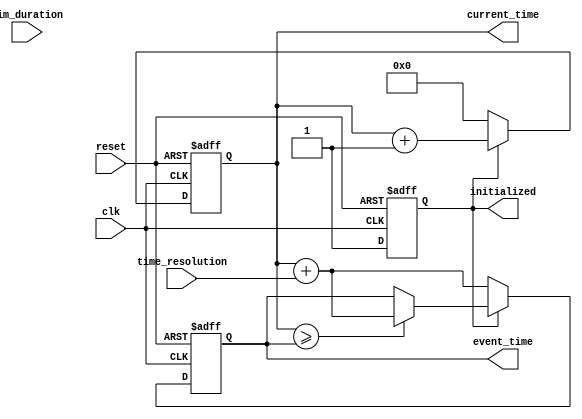
module simulation_time_initialization (
    input wire clk,                // Clock signal
    input wire reset,              // Reset signal
    input wire [31:0] sim_duration, // Simulation duration parameter
    input wire [31:0] time_resolution, // Time resolution parameter
    output reg [31:0] current_time, // Current simulation time
    output reg initialized,        // Initialization status
    output reg [31:0] event_time   // Scheduled event time
);

// State variable for initialization
initial begin
    current_time = 32'd0;         // Initialize current time to 0
    initialized = 1'b0;           // Set initialized flag to false
    event_time = 32'd0;           // Initialize event time
end

// Reset mechanism
always @(posedge clk or posedge reset) begin
    if (reset) begin
        // Reinitialize all variables on reset
        current_time <= 32'd0;     // Reset current time to 0
        initialized <= 1'b0;       // Reset initialized flag
        event_time <= 32'd0;       // Reset event time
    end else begin
        // Check if the simulation is initialized
        if (!initialized) begin
            // Set the current time to the defined starting point
            current_time <= 32'd0; // Starting point
            initialized <= 1'b1;    // Mark as initialized
            // Schedule the first event after the defined time resolution
            event_time <= current_time + time_resolution;
        end else begin
            // Increment current time based on the clock
            current_time <= current_time + 1; // Increment time
            // Check if it's time to trigger the scheduled event
            if (current_time >= event_time) begin
                // Trigger event action here
                // (Event action code can be added here)
                
                // Schedule the next event
                event_time <= current_time + time_resolution;
            end
        end
    end
end

endmodule